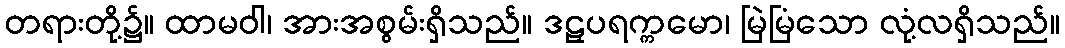
တရားတို့၌။ ထာမဝါ၊ အားအစွမ်းရှိသည်။ ဒဠှပရက္ကမော၊ မြဲမြံသော လုံ့လရှိသည်။